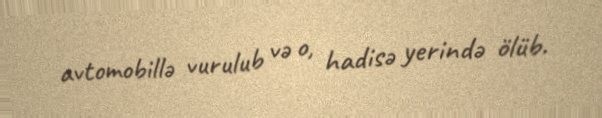
avtomobillə vurulub və o, hadisə yerində ölüb.